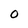
Character: 0